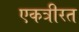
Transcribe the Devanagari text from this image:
एकत्रीरत